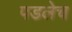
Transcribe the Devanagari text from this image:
पडलेच